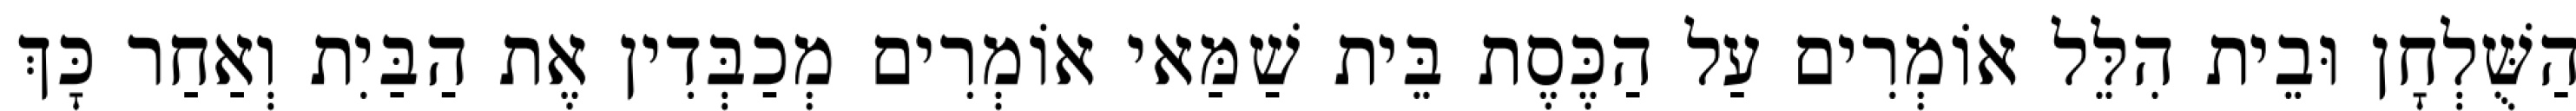
הַשֻּׁלְחָן וּבֵית הִלֵּל אוֹמְרִים עַל הַכֶּסֶת בֵּית שַׁמַּאי אוֹמְרִים מְכַבְּדִין אֶת הַבַּיִת וְאַחַר כָּךְ